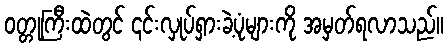
ဝတ္တုကြီးထဲတွင် ၎င်းလှုပ်ရှားခဲ့ပုံများကို အမှတ်ရလာသည်။